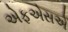
એફએસએ